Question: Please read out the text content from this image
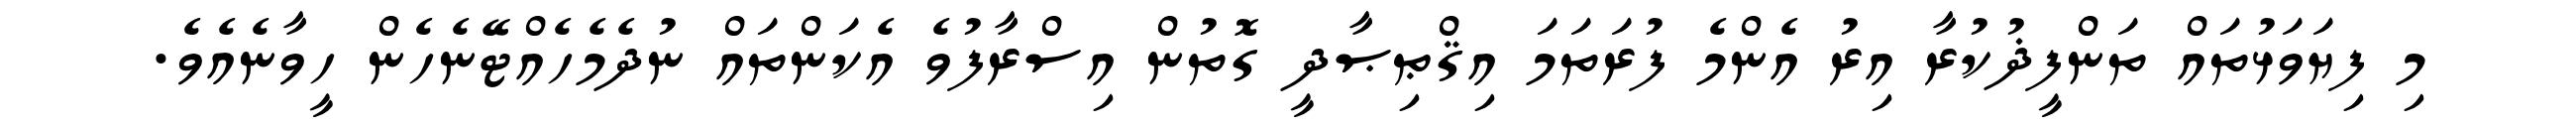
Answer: މި ފިޔަވަޅުތައް ތަންފީޛުކުރާ އިރު އެންމެ ފުރަތަމަ އިޤްޠިޞާދީ ގޮތުން އިސްރާފުވެ އެކަންތައް ނުދެމެހެއްޓޭނެހެން ހީވާނެއެވެ.